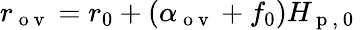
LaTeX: r_{\mathrm{~o~v~}}=r_{0}+(\alpha_{\mathrm{~o~v~}}+f_{0})H_{\mathrm{~p~,~0~}}